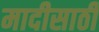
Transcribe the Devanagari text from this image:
मादीसाठी